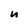
Character: u